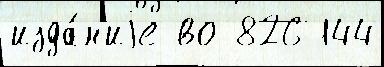
изда́н'иjе во 826 144